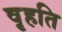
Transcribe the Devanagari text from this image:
वृहति